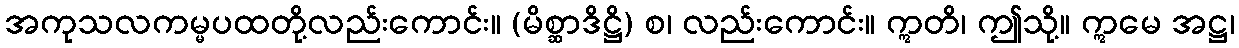
အကုသလကမ္မပထတို့လည်းကောင်း။ (မိစ္ဆာဒိဋ္ဌိ) စ၊ လည်းကောင်း။ ဣတိ၊ ဤသို့။ ဣမေ အဋ္ဌ၊